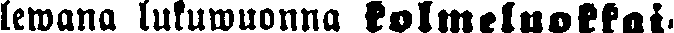
lewana lukuwuonna kolmeluokkai-